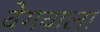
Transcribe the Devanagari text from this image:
वेगवाला